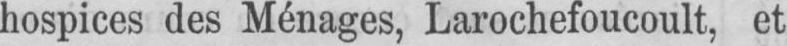
hospices des Ménages, Larochefoucoult, et